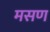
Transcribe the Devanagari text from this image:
मसण